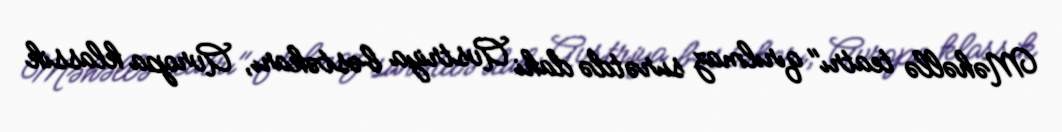
Məhəllə teatrı" qırılmaz surətdə dahi Avstriya bəstəkarı, Avropa klassik